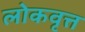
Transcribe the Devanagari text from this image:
लोकवृत्त